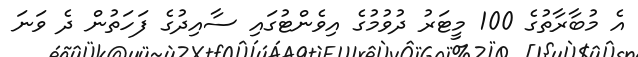
އެ މުބާރާތުގެ 100 މީޓަރު ދުވުމުގެ އިވެންޓުގައި ސާއިދުގެ ފަހަތުން ދެ ވަނަ